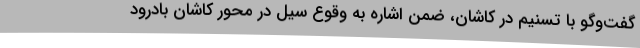
گفت‌و‌گو با تسنیم در کاشان، ضمن اشاره به وقوع سیل در محور کاشان بادرود